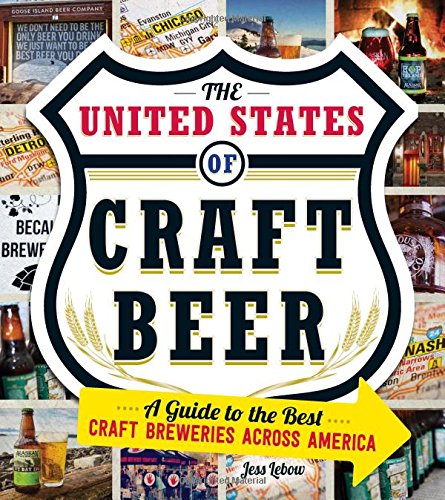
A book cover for The United States Of Craft Beer: A Guide to the Best Craft Breweries Across America; Jess Lebow; Cookbooks, Food & Wine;